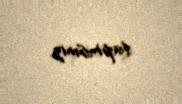
tapmısınız.